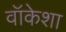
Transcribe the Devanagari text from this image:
वॉकेशा